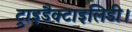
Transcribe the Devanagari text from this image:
ट्राइडैक्टाइलिडी।